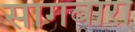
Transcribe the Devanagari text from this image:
सागबारा